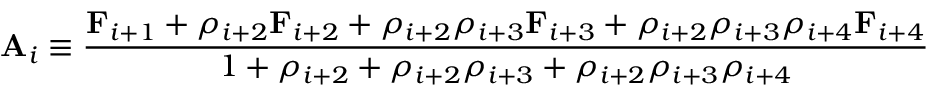
\mathbf { A } _ { i } \equiv \frac { \mathbf { F } _ { i + 1 } + \rho _ { i + 2 } \mathbf { F } _ { i + 2 } + \rho _ { i + 2 } \rho _ { i + 3 } \mathbf { F } _ { i + 3 } + \rho _ { i + 2 } \rho _ { i + 3 } \rho _ { i + 4 } \mathbf { F } _ { i + 4 } } { 1 + \rho _ { i + 2 } + \rho _ { i + 2 } \rho _ { i + 3 } + \rho _ { i + 2 } \rho _ { i + 3 } \rho _ { i + 4 } }